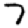
Digit: 7